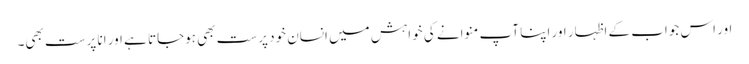
اور اس جواب کے اظہار اور اپنا آپ منوانے کی خواہش میں انسان خود پرست بھی ہوجاتا ہے اور انا پرست بھی۔